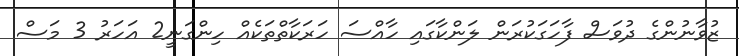
ޒުވާނުންގެ ދުވަސް ފާހަގަކުރަން ލަންކާގައި ހާއްސަ ހަރަކާތްތަކެއް ހިންގަނީ2 އަހަރު 3 މަސް